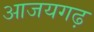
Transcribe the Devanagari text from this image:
आजयगढ़